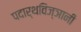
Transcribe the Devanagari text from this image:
पदार्थविज्ञानी